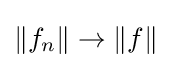
\|f_{n}\|\to \|f\|